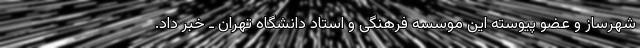
شهرساز و عضو پیوسته این موسسه فرهنگی و استاد دانشگاه تهران ـ خبر داد.